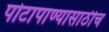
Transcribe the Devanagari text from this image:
पोटापाण्यासाठीच